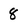
Character: 8